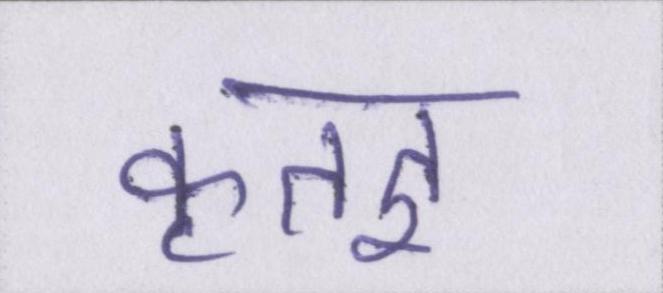
कृतज्ञ